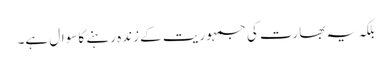
بلکہ یہ بھارت کی جمہوریت کے زندہ رہنے کا سوال ہے۔